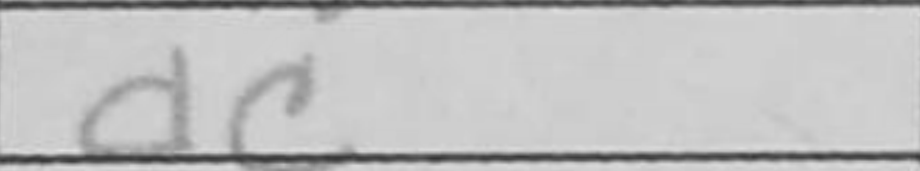
Transcription: dc